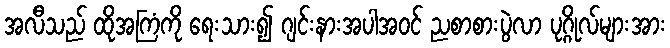
အလီသည် ထိုအကြံကို ရေးသား၍ ဂျင်းနားအပါအဝင် ညစာစားပွဲလာ ပုဂ္ဂိုလ်များအား